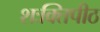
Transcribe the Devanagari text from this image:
शःक्तिपीठ